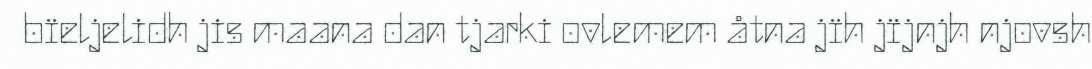
bïeljelidh jis maana dan tjarki ovlemem åtna jïh jïjnjh njovsh